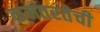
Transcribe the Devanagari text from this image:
कमतरतेची